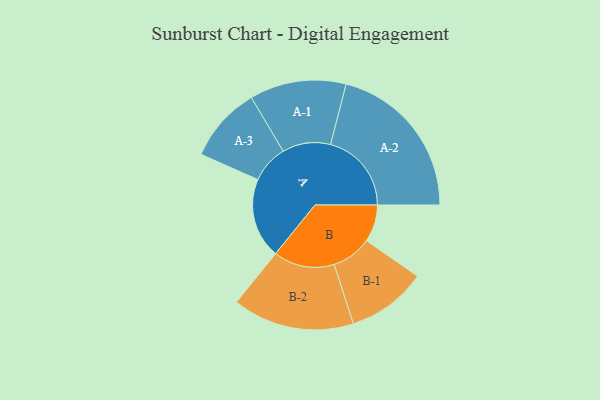
{"axis": {"x": "Segment", "y": "Value"}, "legend": ["", "A", "B"], "data": [{"x": "A", "y": 233, "type": ""}, {"x": "B", "y": 108, "type": ""}, {"x": "A-1", "y": 140, "type": "A"}, {"x": "A-2", "y": 235, "type": "A"}, {"x": "A-3", "y": 110, "type": "A"}, {"x": "B-1", "y": 116, "type": "B"}, {"x": "B-2", "y": 177, "type": "B"}]}